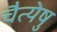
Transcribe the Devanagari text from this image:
चैत्येषु